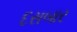
દસબાર